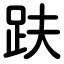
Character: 趺